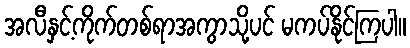
အလီနှင့်ကိုက်တစ်ရာအကွာသို့ပင် မကပ်နိုင်ကြပါ။